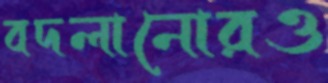
বদলানোরও